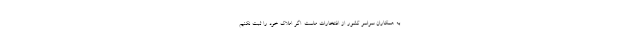
به همکاران سراسر کشور از افتخارات ماست. اگر املاک خود را ثبت نکنیم